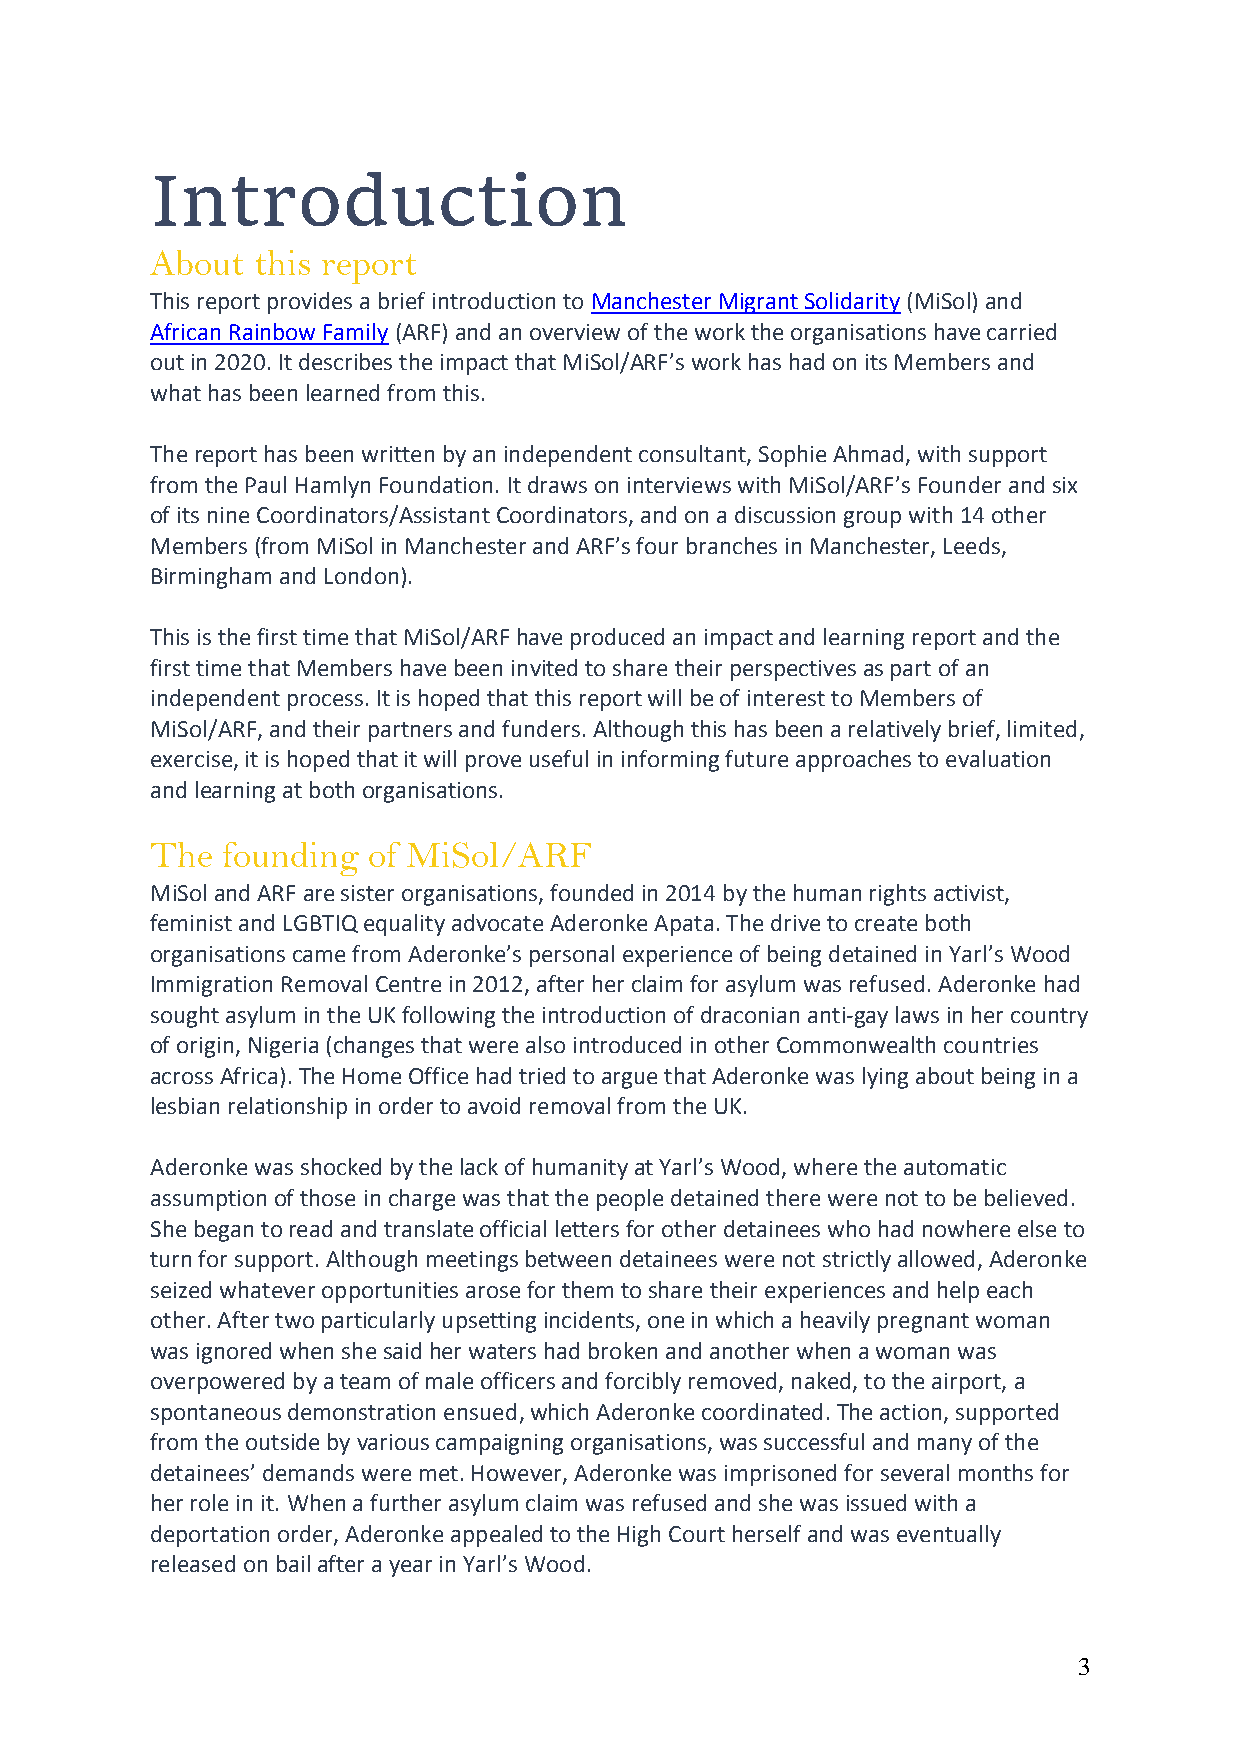
Introduction
 About  this report
 This report provides a brief introduction to Manchester Migrant Solidarity (MiSol) and
 African Rainbow Family (ARF) and an overview of the work the organisations have carried
 out in 2020. It describes the impact that MiSol/ARF’s work has had on its Members and
 what has been learned from this.
 The report has been written by an independent consultant, Sophie Ahmad, with support
 from the Paul Hamlyn Foundation. It draws on interviews with MiSol/ARF’s Founder and six
 of its nine Coordinators/Assistant Coordinators, and on a discussion group with 14 other
 Members (from MiSol in Manchester and ARF’s four branches in Manchester, Leeds,
 Birmingham and London).
 This is the first time that MiSol/ARF have produced an impact and learning report and the
 first time that Members have been invited to share their perspectives as part of an
 independent process. It is hoped that this report will be of interest to Members of
 MiSol/ARF, and their partners and funders. Although this has been a relatively brief, limited,
 exercise, it is hoped that it will prove useful in informing future approaches to evaluation
 and learning at both organisations.
 The  founding of MiSol/ARF
 MiSol and ARF are sister organisations, founded in 2014 by the human rights activist,
 feminist and LGBTIQ equality advocate Aderonke Apata. The drive to create both
 organisations came from Aderonke’s personal experience of being detained in Yarl’s Wood
 Immigration Removal Centre in 2012, after her claim for asylum was refused. Aderonke had
 sought asylum in the UK following the introduction of draconian anti-gay laws in her country
 of origin, Nigeria (changes that were also introduced in other Commonwealth countries
 across Africa). The Home Office had tried to argue that Aderonke was lying about being in a
 lesbian relationship in order to avoid removal from the UK.
 Aderonke was shocked by the lack of humanity at Yarl’s Wood, where the automatic
 assumption of those in charge was that the people detained there were not to be believed.
 She began to read and translate official letters for other detainees who had nowhere else to
 turn for support. Although meetings between detainees were not strictly allowed, Aderonke
 seized whatever opportunities arose for them to share their experiences and help each
 other. After two particularly upsetting incidents, one in which a heavily pregnant woman
 was ignored when she said her waters had broken and another when a woman was
 overpowered by a team of male officers and forcibly removed, naked, to the airport, a
 spontaneous demonstration ensued, which Aderonke coordinated. The action, supported
 from the outside by various campaigning organisations, was successful and many of the
 detainees’ demands were met. However, Aderonke was imprisoned for several months for
 her role in it. When a further asylum claim was refused and she was issued with a
 deportation order, Aderonke appealed to the High Court herself and was eventually
 released on bail after a year in Yarl’s Wood.
 3